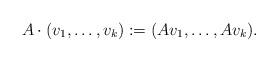
LaTeX: \begin{align*}A \cdot(v_{1}, \dots, v_{k}) := (Av_{1}, \dots, Av_{k}).\end{align*}